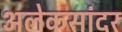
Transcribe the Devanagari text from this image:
अलेकसांदर